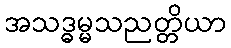
အသဒ္ဓမ္မသညတ္တိယာ